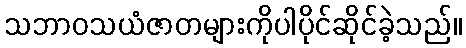
သဘာဝသယံဇာတများကိုပါပိုင်ဆိုင်ခဲ့သည်။